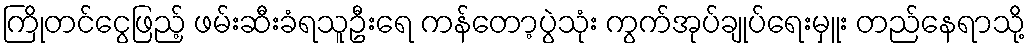
ကြိုတင်ငွေဖြည့် ဖမ်းဆီးခံရသူဦးရေ ကန်တော့ပွဲသုံး ကွက်အုပ်ချုပ်ရေးမှူး တည်နေရာသို့